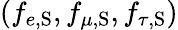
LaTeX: (f_{e,\mathrm{S}},f_{\mu,\mathrm{S}},f_{\tau,\mathrm{S}})